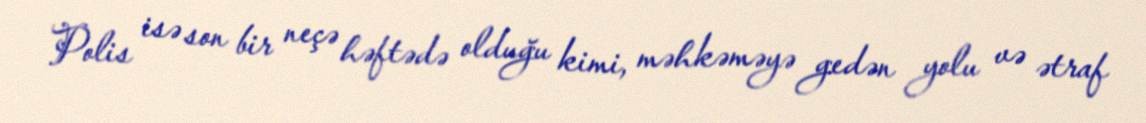
Polis isə son bir neçə həftədə olduğu kimi, məhkəməyə gedən yolu və ətraf